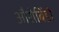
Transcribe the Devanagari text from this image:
औरोबिंडो